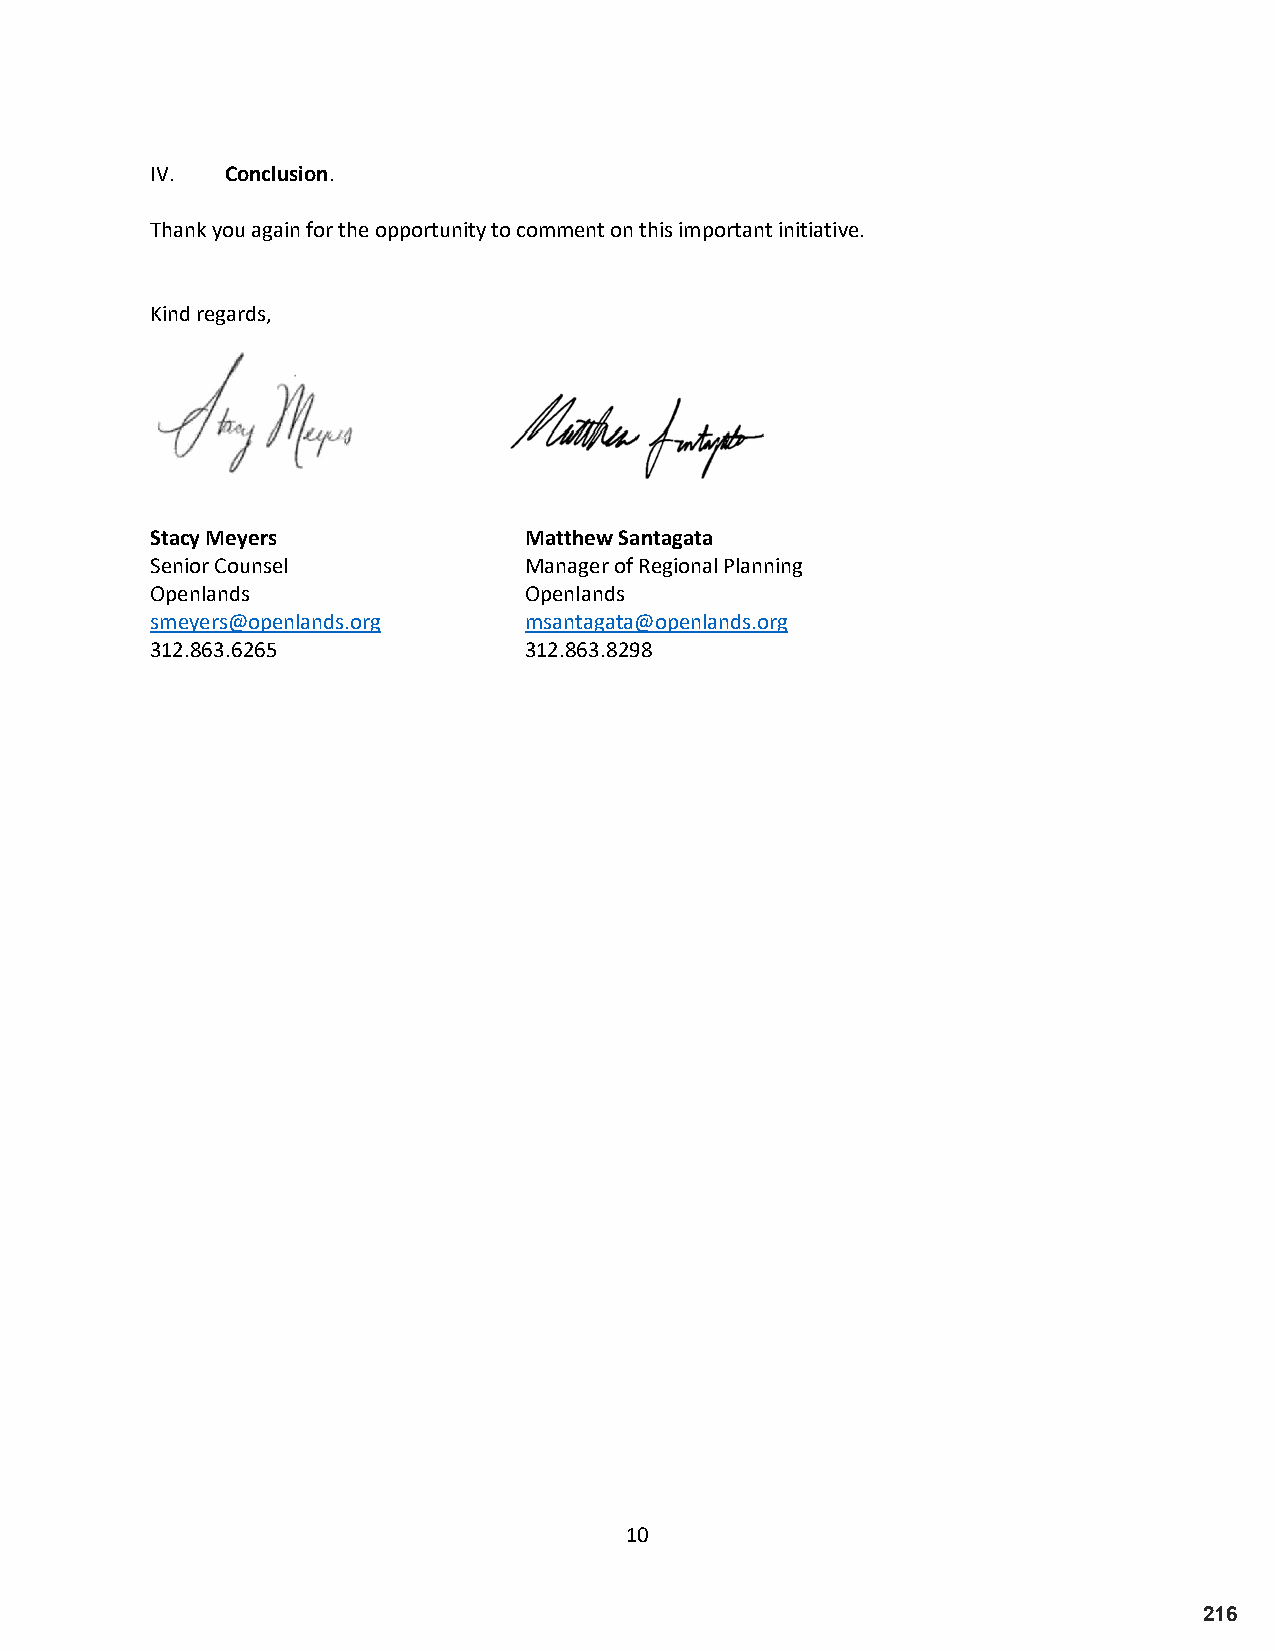
IV.  Conclusion.
 Thank you again for the opportunity to comment on this important initiative.
 Kind regards,
 Stacy Meyers             Matthew Santagata
 Senior Counsel           Manager of Regional Planning
 Openlands                Openlands
 smeyers@openlands.org    msantagata@openlands.org
 312.863.6265             312.863.8298
 10
 216